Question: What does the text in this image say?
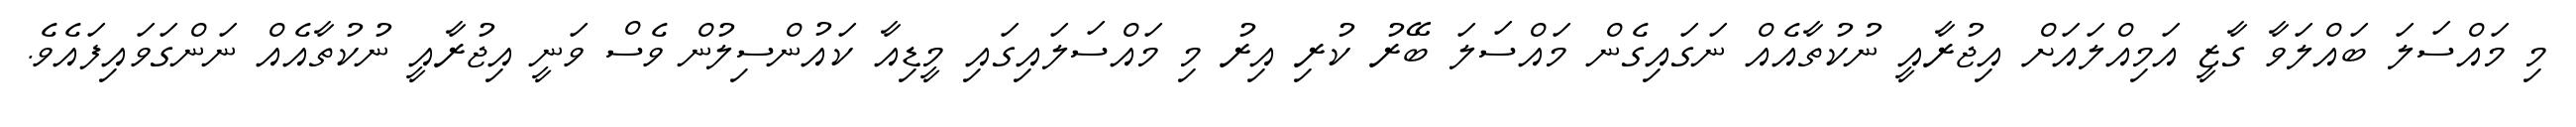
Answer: މި މައްސަލަ ބައްލަވާ ގާޒީ އަމިއްލައަށް އިޖުރާއީ ނުކުތާއެއް ނަގައިގެން މައްސަލަ ބޭރު ކުރި އިރު މި މައްސަލައިގައި މީޑިއާ ކައުންސިލުން ވެސް ވަނީ އިޖުރާއީ ނުކުތާއެއް ނަންގަވައިފައެވެ.